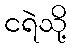
ငရဲသို့